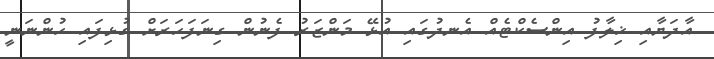
އާދަޔާއި ޚިލާފު އިންސެކްޓެއް އެނދުގައި އުޅޭ މަންޒަރު ފެނުން ގިނަފަހަރަށް ގުޅިފައި ހުންނަނީ